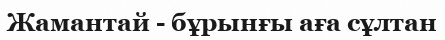
Жамантай - бұрынғы аға сұлтан